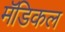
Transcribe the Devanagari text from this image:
मॅडिकल